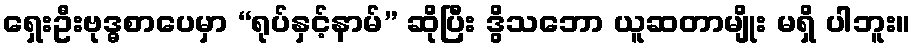
ရှေးဦးဗုဒ္ဓစာပေမှာ “ရုပ်နှင့်နာမ်” ဆိုပြီး ဒွိသဘော ယူဆတာမျိုး မရှိ ပါဘူး။